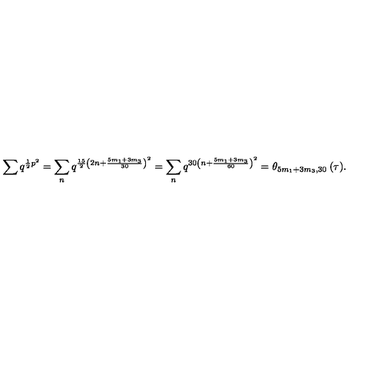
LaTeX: \sum q ^ { \frac { 1 } { 2 } p ^ { 2 } } = \sum _ { n } q ^ { \frac { 1 5 } { 2 } \left( 2 n + \frac { 5 m _ { 1 } + 3 m _ { 3 } } { 3 0 } \right) ^ { 2 } } = \sum _ { n } q ^ { 3 0 \left( n + \frac { 5 m _ { 1 } + 3 m _ { 3 } } { 6 0 } \right) ^ { 2 } } = \theta _ { 5 m _ { 1 } + 3 m _ { 3 } , 3 0 } \: ( \tau ) .